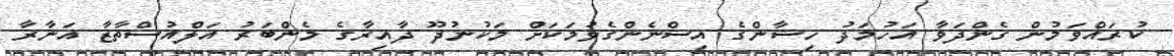
ކުރައްވަމުން ގެންދަވާ އަހުމަދު ހިޝާންގެ އިސްނެންގެވުމަކަށް މަކުނުދޫ ދާއިރާގެ މެންބަރު އަލްއުސްތާޒާ އަނާރާ